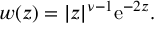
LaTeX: w ( z ) = | z | ^ { \nu - 1 } \mathrm { e } ^ { - 2 z } .